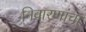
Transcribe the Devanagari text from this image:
निवारणांचा